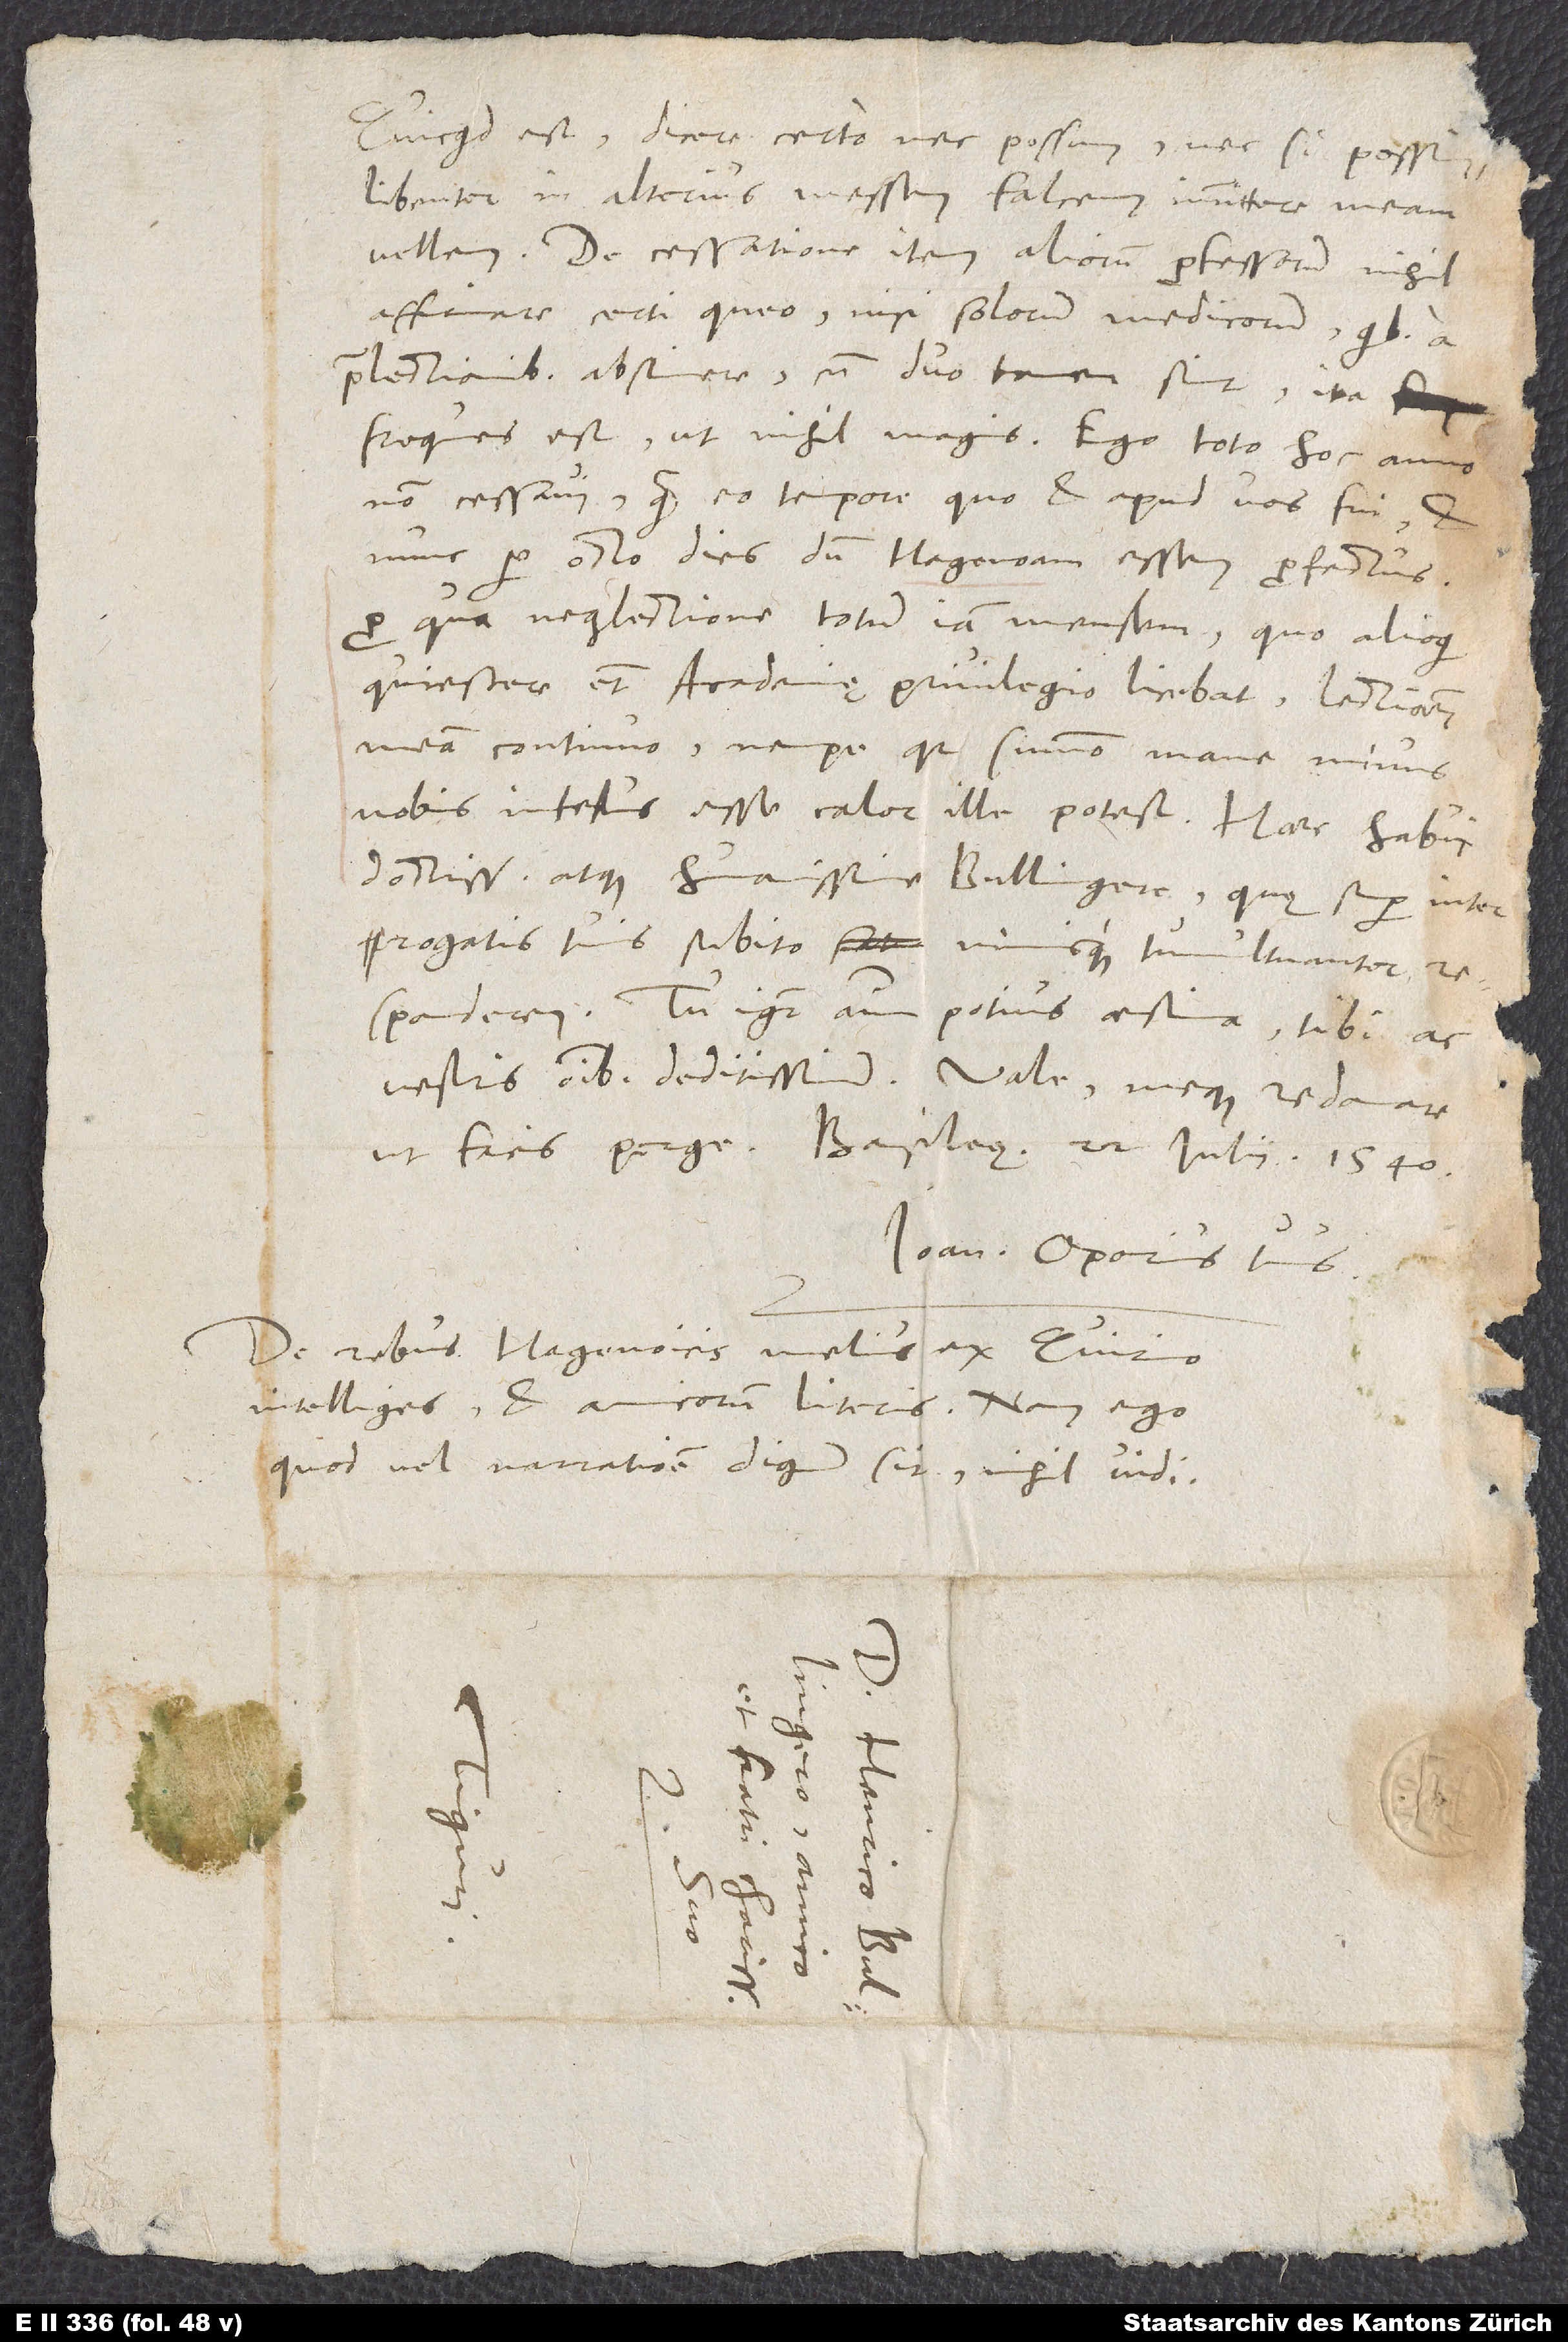
Quicquid est, dicere certo nec possum nec, si possem,
libenter in alterius messem falcem immittere meam
vellem. De cessatione item aliorum professorum nihil
affirmare certi queo, nisi solorum medicorum, quibus a
praelectionibus abstinere, cum duo tamen sint, ita
frequens est ut nihil magis. Ego toto hoc anno
non cessavi quam eo tempore, quo et apud vos fui, et
nunc per octo dies, dum Hagenoam essem profectus,
pro qua neglectione totum iam mensem, quo alioqui
quiescere etiam academię privilegio licebat, lectionem
meam continuo, nempe quia summo mane minus
nobis infestus esse calor ille potest. Haec habui,
doctissime atque humanissime Bullingere, quę super interrogatis
responderem. Tu igitur animum potius aestima tibi ac
vestris omnibus deditissimum. Vale meque redamare,
ut facis, perge. Basileę, 22. iulii 1540.
Ioan. Oporinus tuus.
De rebus Hagenoicis melius ex Quirino
intelliges et amicorum literis; nam ego,
quod vel narratione dignum sit, nihil vidi.
S.